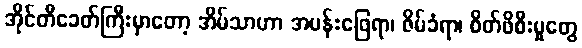
အိုင်တီခေတ်ကြီးမှာတော့ အိမ်သာဟာ အပန်းဖြေရာ၊ ဇိမ်ခံရာ၊ စိတ်ဖိစီးမှုတွေ